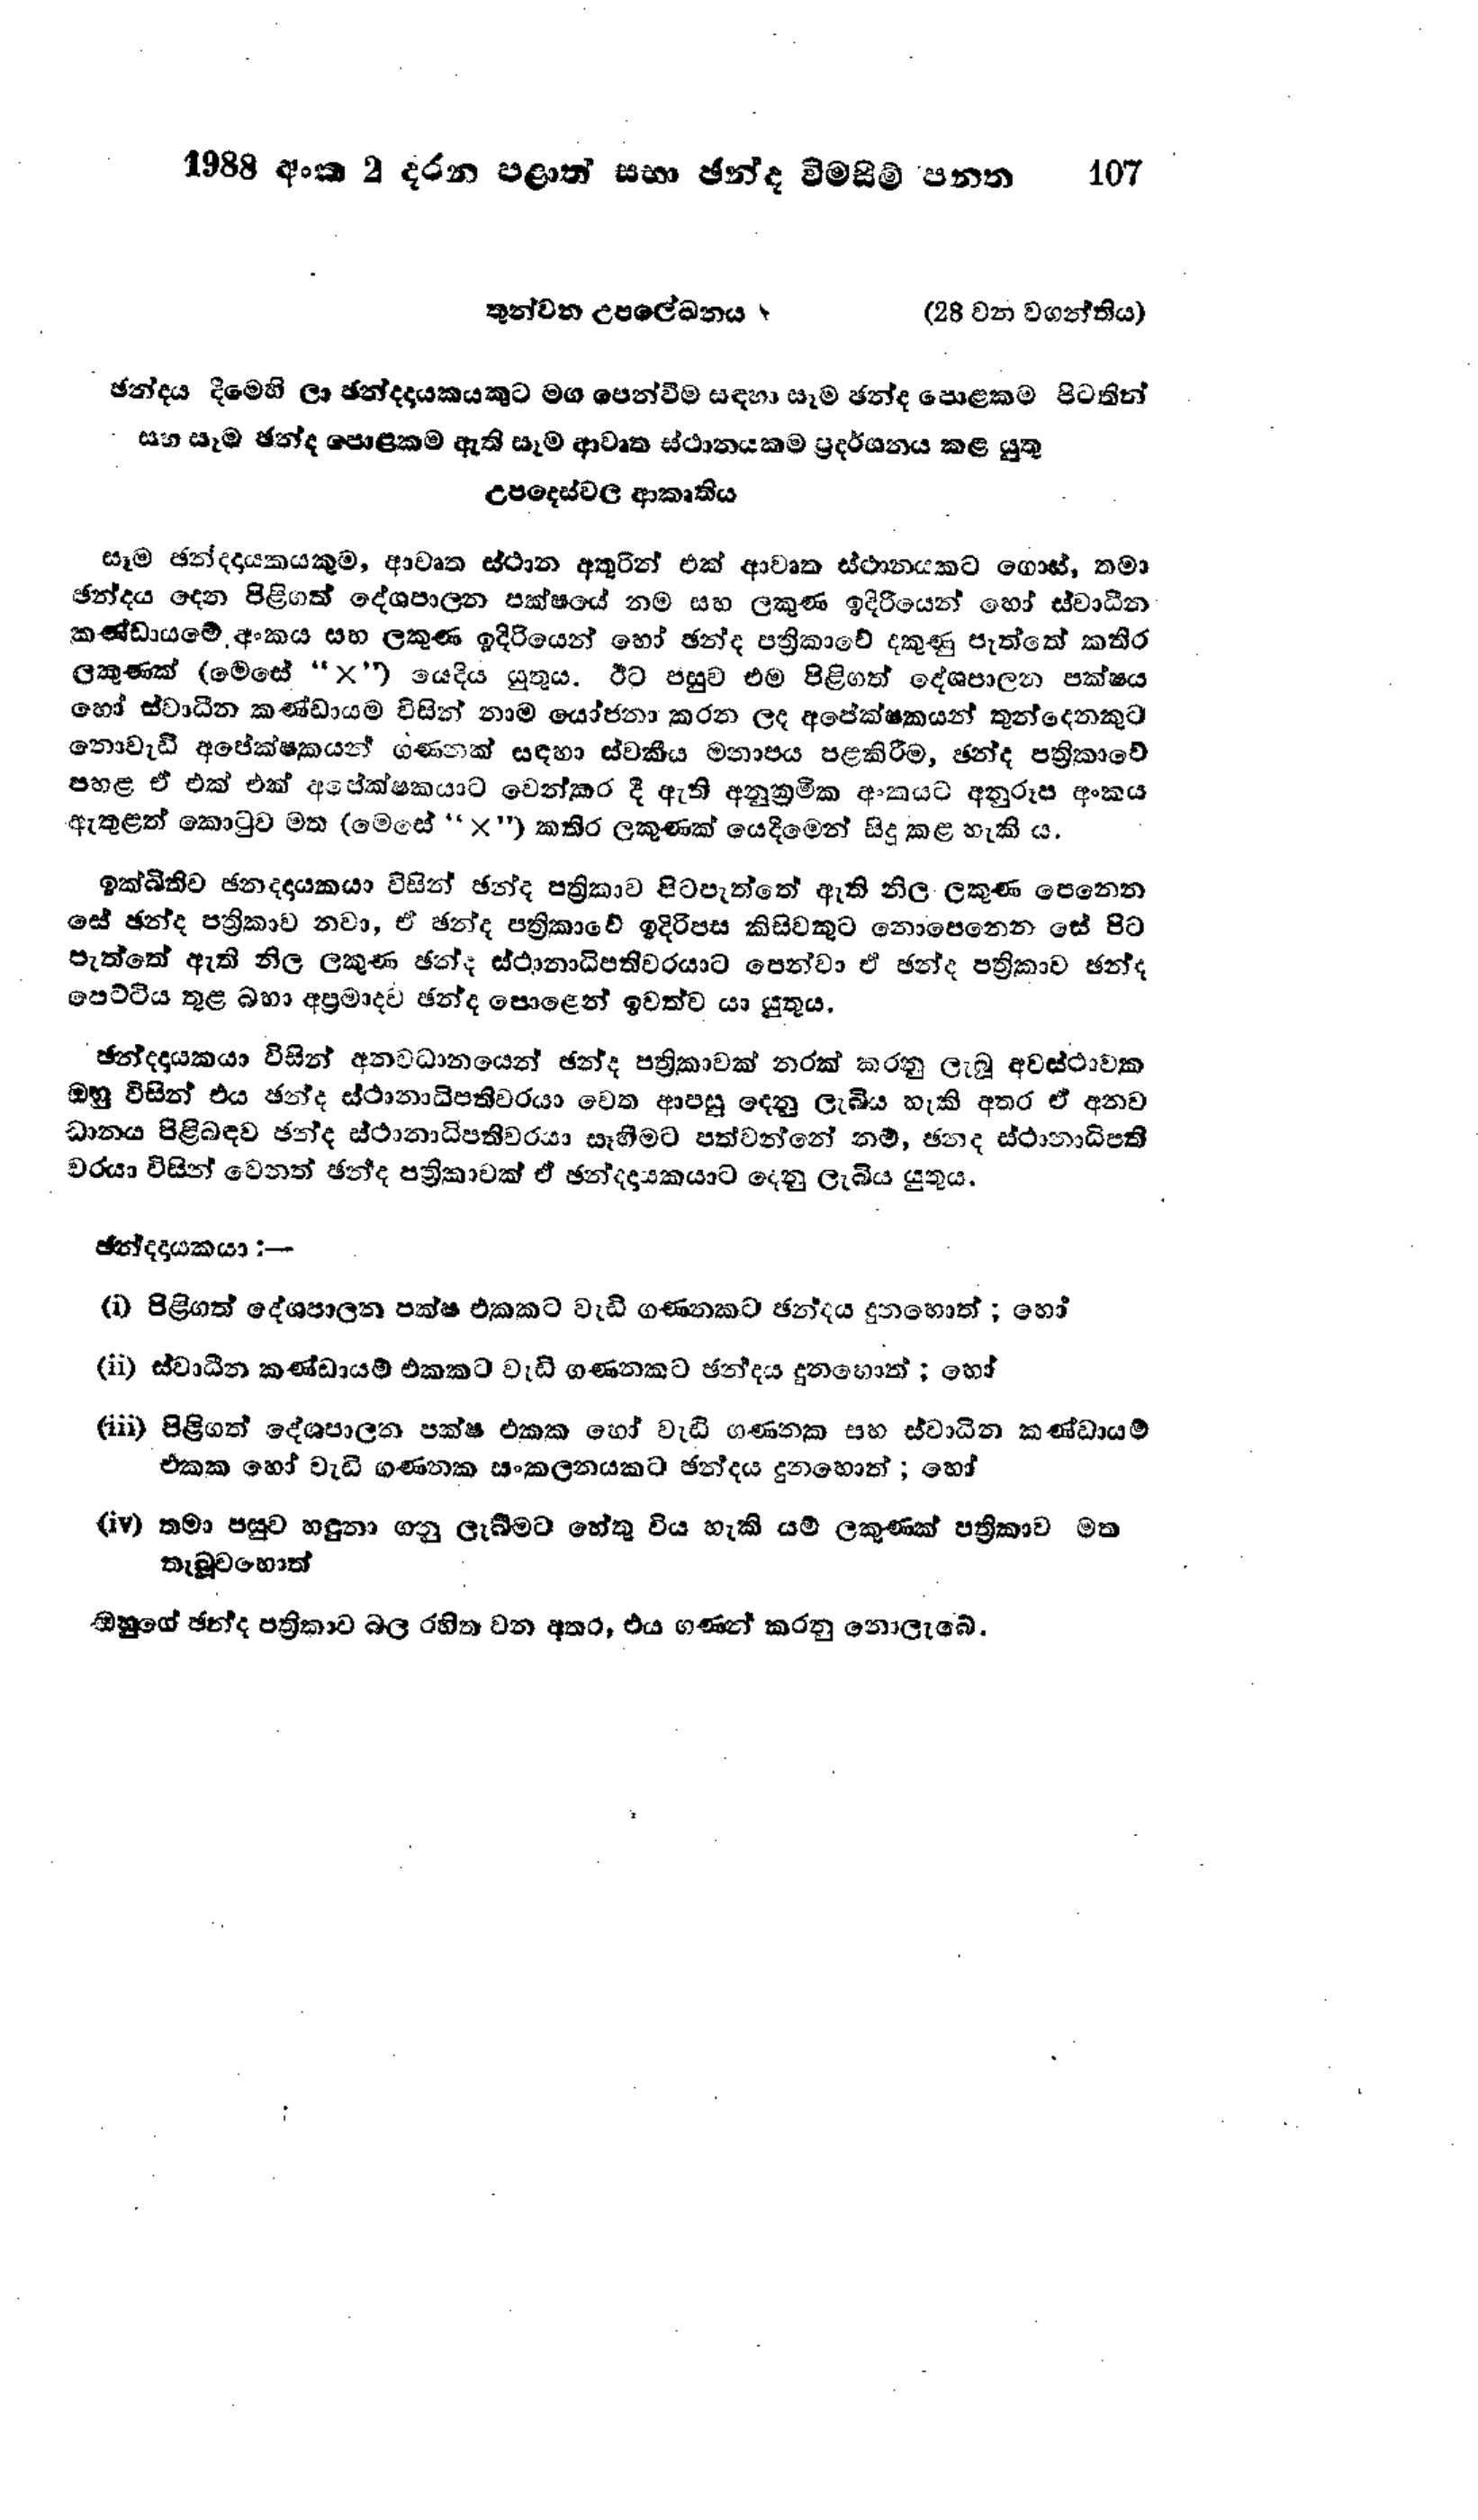
1988 අංක 2 දරන පළාත් සභා ඡන්ද විමසීම් පනත 107

තුන්වන උපලේඛනය (28 වන වගන්තිය)

ඡන්දය දීමෙහි ලා ඡන්දදායකයකුට මග පෙන්වීම සඳහා සෑම ඡන්ද පොළකම පිටතින්
සහ සෑම ඡන්ද පොළකම ඇති සෑම ආවෘත ස්ථානයකම ප්‍රදර්ශනය කළ යුතු
උපදෙස්වල ආකෘතිය

සෑම ඡන්දදායකයකුම, ආවෘත ස්ථාන අතුරින් එක් ආවෘත ස්ථානයකට ගොස්, තමා
ඡන්දය දෙන පිළිගත් දේශපාලන පක්ෂයේ නම සහ ලකුණ ඉදිරියෙන් හෝ ස්වාධීන
කණ්ඩායමේ අංකය සහ ලකුණ ඉදිරියෙන් හෝ ඡන්ද පත්‍රිකාවේ දකුණු පැත්තේ කතිර
ලකුණක් (මෙසේ "x") යෙදිය යුතුය. ඊට පසුව එම පිළිගත් දේශපාලන පක්ෂය
හෝ ස්වාධීන කණ්ඩායම විසින් නාම යෝජනා කරන ලද අපේක්ෂකයන් තුන්දෙනකුට
නොවැඩි අපේක්ෂකයන් ගණනක් සඳහා ස්වකීය මනාපය පළකිරීම, ඡන්ද පත්‍රිකාවේ
පහළ ඒ එක් එක් අපේක්ෂකයාට වෙන්කර දී ඇති අනුක්‍රමික අංකයට අනුරූප අංකය
ඇතුළත් කොටුව මත ( මෙසේ "×") කතිර ලකුණක් යෙදීමෙන් සිදු කළ හැකි ය.

ඉක්බිතිව ඡන්දදායකයා විසින් ඡන්ද පත්‍රිකාව පිටපැත්තේ ඇති නිල ලකුණ පෙනෙන
සේ ඡන්ද පත්‍රිකාව නවා, ඒ ඡන්ද පත්‍රිකාවේ ඉදිරිපස කිසිවකුට නොපෙනෙන සේ පිට
පැත්තේ ඇති නිල ලකුණ ඡන්ද ස්ථානාධිපතිවරයාට පෙන්වා ඒ ඡන්ද පත්‍රිකාව ඡන්ද
පෙට්ටිය තුළ බහා අප්‍රමාදව ඡන්ද පොළෙන් ඉවත්ව යා යුතු ය.

ඡන්දදායකයා විසින් අනවධානයෙන් ඡන්ද පත්‍රිකාවක් නරක් කරනු ලැබූ අවස්ථාවක
ඔහු විසින් එය ඡන්ද ස්ථානාධිපතිවරයා වෙත ආපසු දෙනු ලැබිය හැකි අතර ඒ අනව
ධානය පිළිබඳව ඡන්ද ස්ථානාධිපතිවරයා සෑහීමට පත්වන්නේ නම්, ඡන්ද ස්ථානාධිපති
වරයා විසින් වෙනත් ඡන්ද පත්‍රිකාවක් ඒ ඡන්දදායකයාට දෙනු ලැබිය යුතු ය.

ඡන්දදායකයා :-

(i) පිළිගත් දේශපාලන පක්ෂ එකකට වැඩි ගණනකට ඡන්දය දුනහොත් ; හෝ

(ii) ස්වාධීන කණ්ඩායම් එකකට වැඩි ගණනකට ඡන්දය දුනහොත් ; හෝ

(iii) පිළිගත් දේශපාලන පක්ෂ එකක හෝ වැඩි ගණනක සහ ස්වාධීන කණ්ඩායම්
එකක හෝ වැඩි ගණනක සංකලනයකට ඡන්දය දුනහොත්; හෝ

(iv) තමා පසුව හඳුනා ගනු ලැබීමට හේතු විය හැකි යම් ලකුණක් පත්‍රිකාව මත
තැබුවහොත්

ඔහුගේ ඡන්ද පත්‍රිකාව බල රහිත වන අතර, එය ගණන් කරනු නොලැබේ.